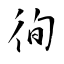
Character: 徇